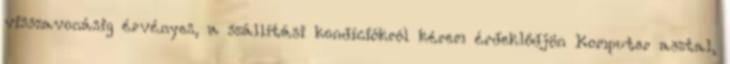
visszavonásig érvényes, a szállítási kondíciókról kérem érdeklődjön Komputer asztal,